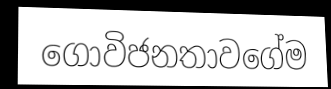
ගොවිජනතාවගේම